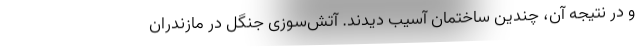
و در نتیجه آن، چندین ساختمان آسیب دیدند. آتش‌سوزی جنگل‌ در مازندران